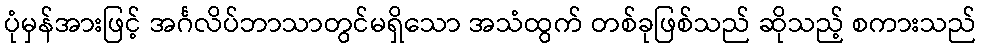
ပုံမှန်အားဖြင့် အင်္ဂလိပ်ဘာသာတွင်မရှိသော အသံထွက် တစ်ခုဖြစ်သည် ဆိုသည့် စကားသည်